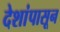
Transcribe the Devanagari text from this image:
देशांपासून